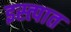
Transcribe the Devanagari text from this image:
इस्त्पात